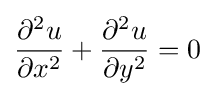
{\frac {\partial ^{2}u}{\partial x^{2}}}+{\frac {\partial ^{2}u}{\partial y^{2}}}=0